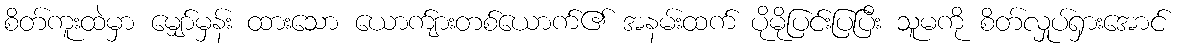
စိတ်ကူးထဲမှာ မျှော်မှန်း ထားသော ယောက်ျားတစ်ယောက်၏ အနမ်းထက် ပိုမိုပြင်းပြပြီး သူမကို စိတ်လှုပ်ရှားအောင်